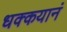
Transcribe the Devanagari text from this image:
धक्कयानं